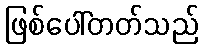
ဖြစ်ပေါ်တတ်သည်